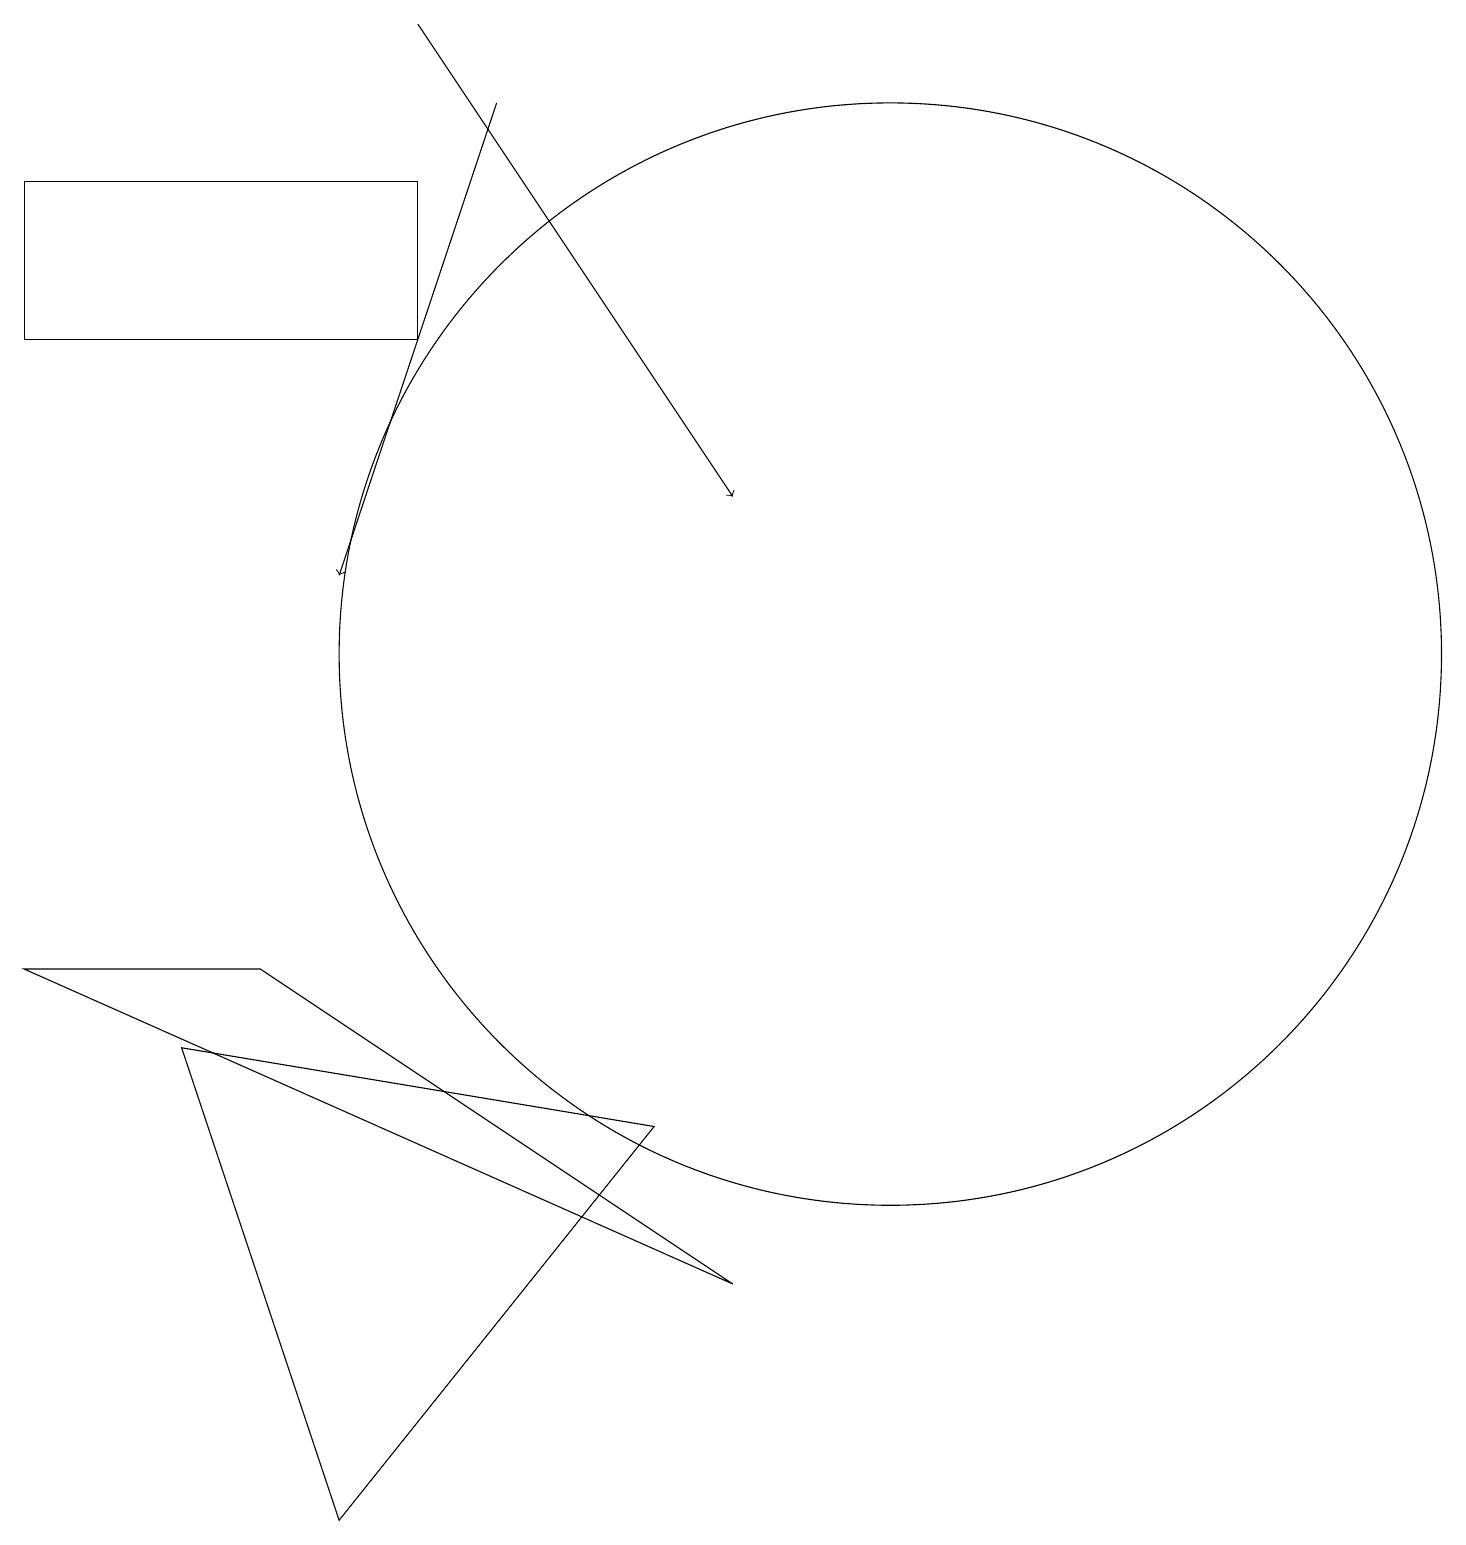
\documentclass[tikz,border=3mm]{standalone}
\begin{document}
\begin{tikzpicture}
\draw[->] (5,19) -- (9,13);
\draw (4,0) -- (8,5) -- (2,6) -- cycle;
\draw (5,17) rectangle (0,15);
\draw (3,7) -- (0,7) -- (9,3) -- cycle;
\draw[->] (6,18) -- (4,12);
\draw (11,11) circle (7);
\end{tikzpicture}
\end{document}